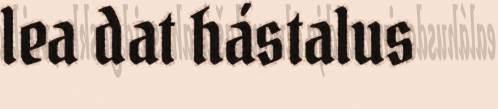
lea dat hástalus